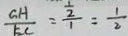
\frac { G H } { E C } = \frac { \frac { 1 } { 2 } } { 1 } = \frac { 1 } { 2 }